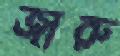
জারু